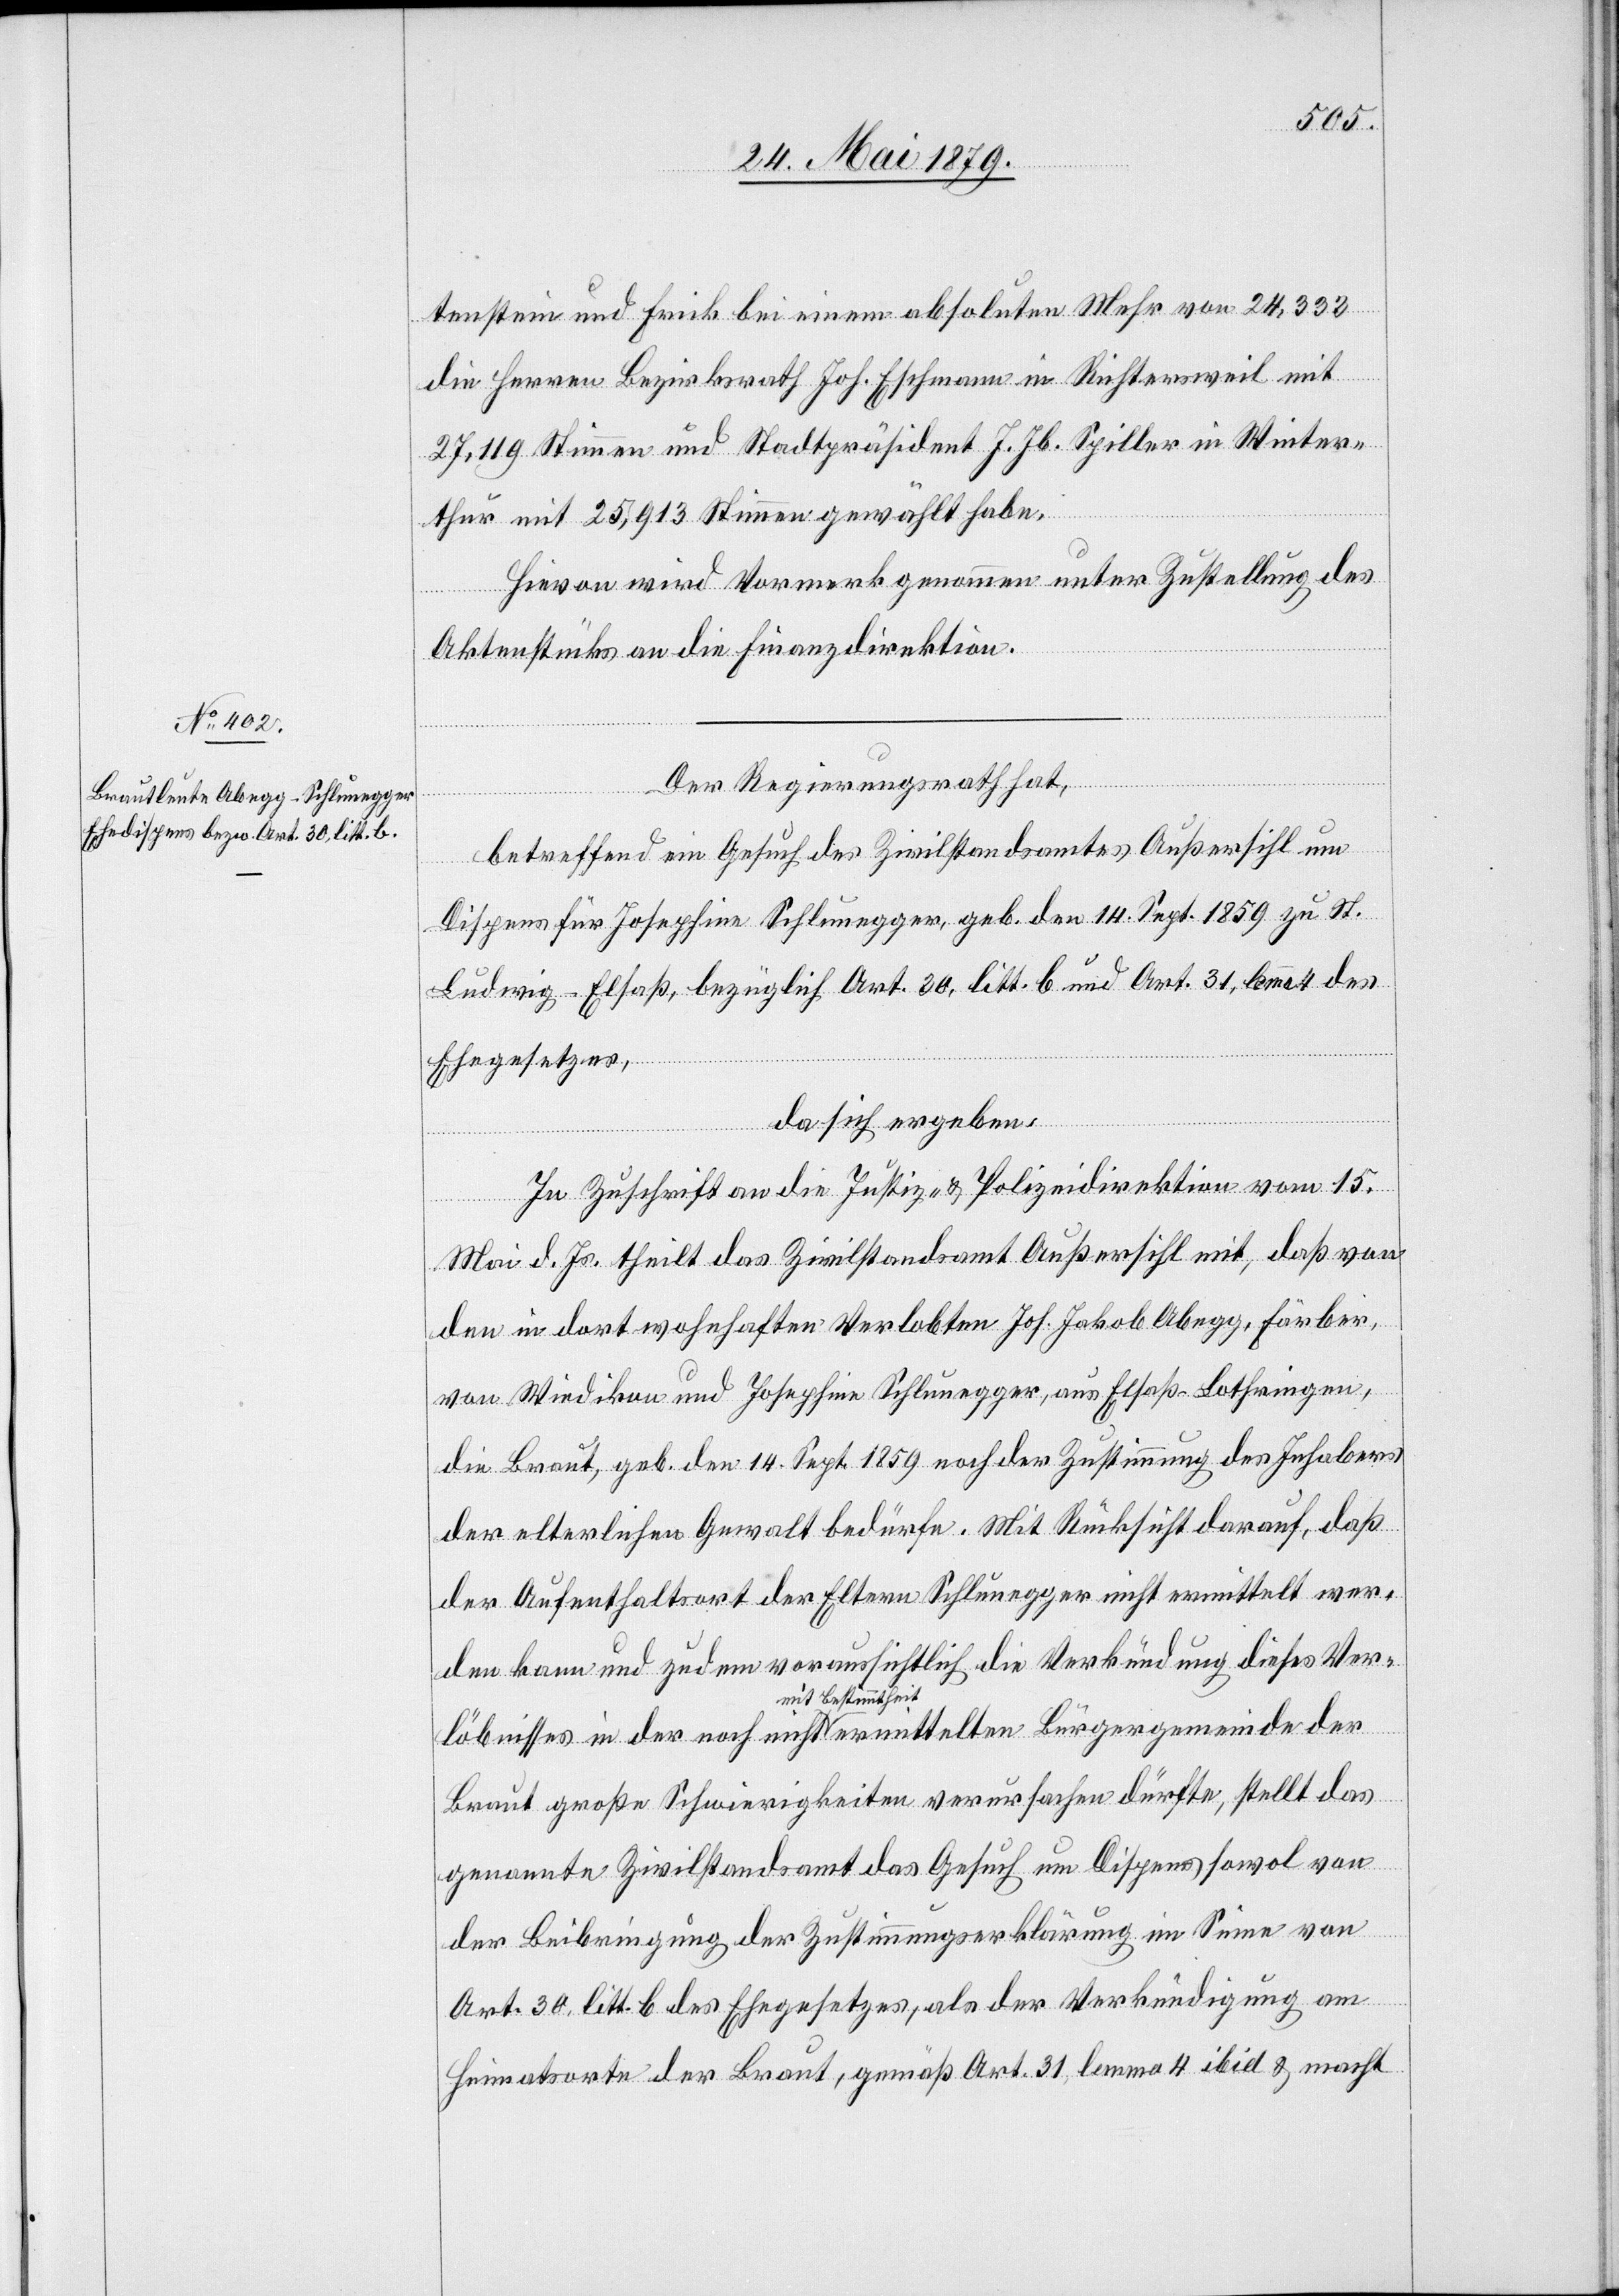
tenstein und Frick bei einem absoluten Mehr von 24,332
die Herren Bezirksrath Joh. Eschmann in Richtersweil mit
27,119 Stimmen und Stadtpräsident J. Jb. Spiller in Winter¬
thur mit 25,913 Stimmen gewählt haben.
Hievon wird Vormerk genommen unter Zustellung des
Aktenstücks an die Finanzdirektion.
Der Regierungsrath hat,
betreffend ein Gesuch des Zivilstandsamtes Außersihl um
Dispens für Josephine Schlunegger, geb. den 14. Sept. 1859 zu St.
Ludwig - Elsaß, bezüglich Art. 30, litt. b und Art. 31, lemma 4 des
Ehegesetzes,
da sich ergeben:
In Zuschrift an die Justiz- & Polizeidirektion vom 15.
Mai d. Js. theilt das Zivilstandsamt Außersihl mit, daß von
den in dort wohnhaften Verlobten Joh. Jakob Abegg, Färber,
von Wiedikon und Josephine Schlunegger, aus Elsaß - Lothringen,
die Braut, geb. den 14. Sept. 1859 noch der Zustimmung des Inhabers
der elterlichen Gewalt bedürfe. Mit Rücksicht darauf, daß
der Aufenthaltsort der Eltern Schlunegger nicht ermittelt wer¬
den kann und zudem voraussichtlich die Verkündung dieses Ver¬
löbnisses in der noch nicht mit Bestimmtheit ermittelten Bürgergemeinde der
Braut große Schwierigkeiten verursachen dürfte, stellt das
genannte Zivilstandsamt das Gesuch um Dispens sowol von
der Beibringung der Zustimmungserklärung im Sinne von
Art. 30, litt. b des Ehegesetzes, als der Verkündigung am
Heimatsorte der Braut, gemäß Art. 31, lemma 4 ibid & macht